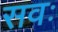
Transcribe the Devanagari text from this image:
सवः